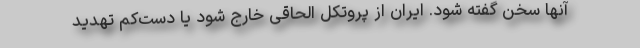
آنها سخن گفته شود. ایران از پروتکل الحاقی خارج شود یا دست‌کم تهدید